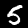
Digit: 5